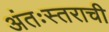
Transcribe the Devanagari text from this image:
अंतःस्तराची